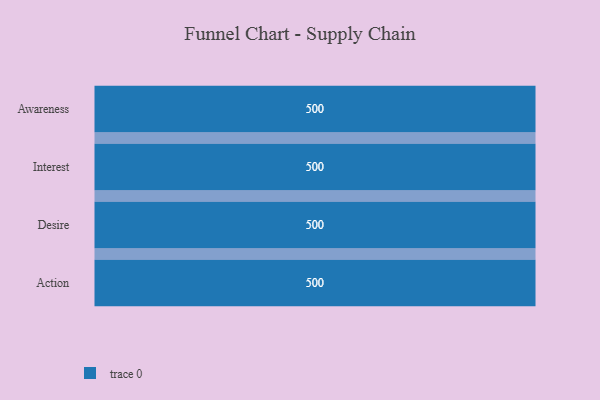
{"axis": {"x": "Stage", "y": "Value"}, "legend": [""], "data": [{"x": "Awareness", "y": 500, "type": ""}, {"x": "Interest", "y": 500, "type": ""}, {"x": "Desire", "y": 500, "type": ""}, {"x": "Action", "y": 500, "type": ""}]}